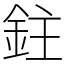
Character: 鉒